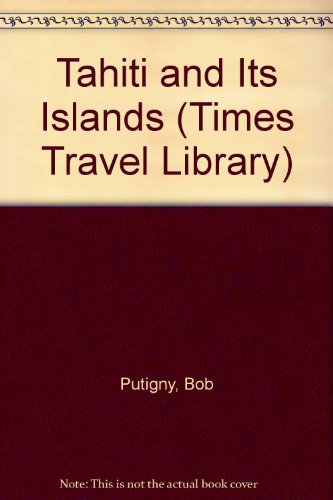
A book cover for Tahiti and Its Islands (Times Travel Library); Bob Putigny; Travel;